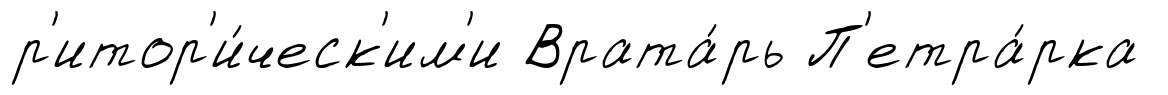
р'итор'и́ческ'им'и Врата́рь П'етра́рка